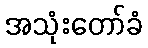
အသုံးတော်ခံ